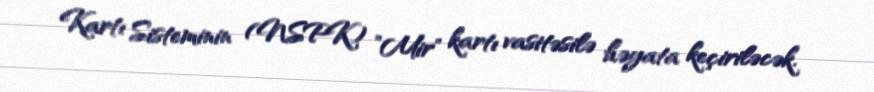
Kartı Sisteminin (NSPK) "Mir" kartı vasitəsilə həyata keçiriləcək.